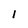
Character: 1